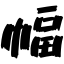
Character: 幅